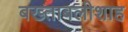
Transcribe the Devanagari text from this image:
बख्ताबलीशाह